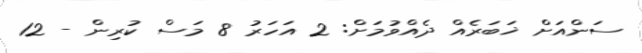
ސަންއަށް ޚަބަރެއް ދެއްވުމަށް: 2 އަހަރު 8 މަސް ކުރިން - 12